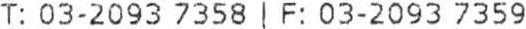
T: 03-2093 7358 | F: 03-2093 7359